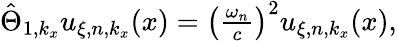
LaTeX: \begin{array}{r}{\hat{\Theta}_{1,k_{x}}u_{\xi,n,k_{x}}(x)=\left(\frac{\omega_{n}}{c}\right)^{2}u_{\xi,n,k_{x}}(x),}\end{array}